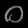
Digit: ၀